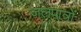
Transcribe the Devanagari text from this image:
जलपात्रों